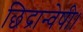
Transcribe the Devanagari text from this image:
छिद्रान्वेषी।